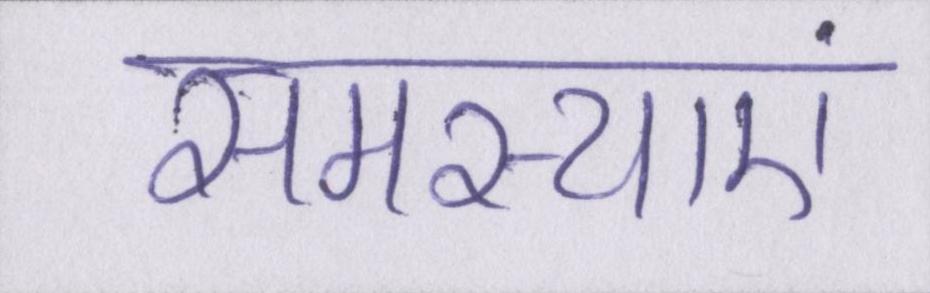
समस्याएं